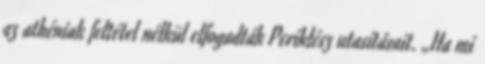
az athéniak feltétel nélkül elfogadták Periklész utasításait. „Ha mi